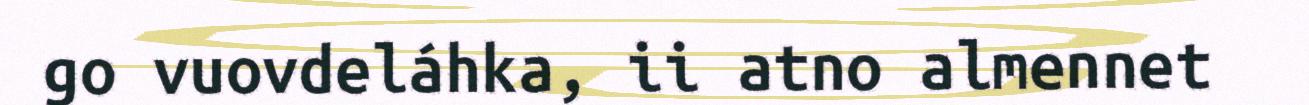
go vuovdeláhka, ii atno almennet